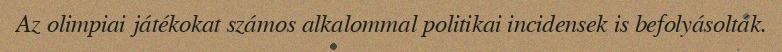
Az olimpiai játékokat számos alkalommal politikai incidensek is befolyásolták.